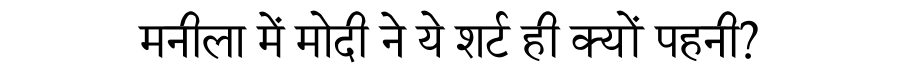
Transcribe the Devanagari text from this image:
मनीला में मोदी ने ये शर्ट ही क्यों पहनी?